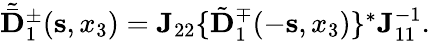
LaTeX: \begin{array}{r}{{\tilde{\bar{\mathbf D}}}_{1}^{\pm}({\mathbf s},x_{3})={\mathbf J}_{22}\{ \tilde{\mathbf D}_{1}^{\mp}(-{\mathbf s},x_{3})\} ^{*}{\mathbf J}_{11}^{-1}.}\end{array}